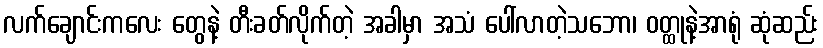
လက်ချောင်းကလေး တွေနဲ့ တီးခတ်လိုက်တဲ့ အခါမှာ အသံ ပေါ်လာတဲ့သဘော၊ ဝတ္ထုနဲ့အာရုံ ဆုံဆည်း